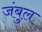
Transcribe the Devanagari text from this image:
जंबुल